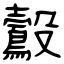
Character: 鷇